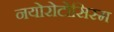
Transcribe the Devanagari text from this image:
नयोरोटोसिस्म